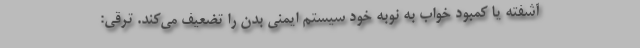
آشفته یا کمبود خواب به نوبه خود سیستم ایمنی بدن را تضعیف می‌کند. ترقی: